Report on horse surra - Volume II, Part II
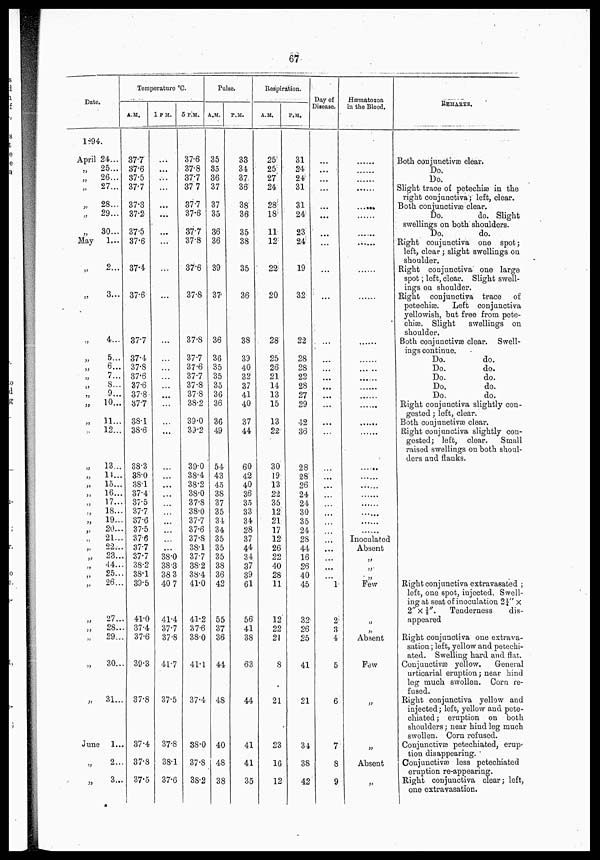
67
Date.
1894.
April 24...
„
„
„
„
„
„
May
„
„
„
„
„
„
„
„
„
„
„
„
„
„
„
„
„
„
„
„
„
„
„
„
„
„
„
„
„
„
June
„
„
25...
26...
27...
28...
29...
30...
1...
2...
3...
4...
5..
6...
7...
S...
9...
10...
11...
12...
13...
14...
15...
16...
17...
18...
19...
20...
21...
22...
23...
44...
25...
26...
27..
28..
29...
30..
31...
1...
2..
3...
Temperature °C.
A.M.
37.7
37.6
37.5
37.7
37.3
37.2
37.5
37.6
37.4
37.6
37.7
37.4
37.8
37.6
37.6
37.8
37.7
38.1
38.6
38.3
38.0
38.1
37.4
37.5
37.7
37.6
37.5
37.6
37.7
37.7
38.2
38.1
39.5
41.0
37.4
37.6
39.3
37.8
37.4
37.8
37.5
1
P.M..
...
...
...
...
...
...
...
...
...
..
...
..
...
...
...
...
...
...
...
...
...
...
..
..
38.0
38.3
38 .3
40 .7
41.4
37.7
37.8
41.7
37.5
37.8
38.1
37.6
5 P.M.
37.6
37.8
37.7
37 7
37.7
37.6
37.7
37.8
37.6
37.8
37.8
37.7
37.6
37.7
37.8
37.8
38.2
39.0
39.2
39.0
38.4
38.2
38.0
37.8
38.0
37.7
37.6
37.S
38.1
37.7
38.2
38.4
41.0
41.2
37.6
38.0
41.1
37.4
38.0
37.8
38.2
Pulse.
A.M.
35
35
36
37
37
35
36
36
39
37
36
36
35
35
35
36
36
36
49
54
43
45
38
37
35
34
34
35
35
35
38
36
42
55
37
36
44
48
40
48
38
P.M.
33
34
37
36
38
36
35
38
35
36
38
39
40
32
37
41
40
37
44
60
42
40
36
35
33
34
28
37
44
34
37
39
61
56
41
38
63
44
41
41
35
Respiration.
A.M.
25
25
27
24
28
18
11
12
22
20
28
25
23
21
14
13
15
13
22
30
19
13
22
35
12
21
17
12
26
22
40
28
11
12
22
21
8
21
23
16
12
P.M.
31
24
24
31
31
24
23
24
19
32
22
28
28
22
28
27
29
42
36
28.
28
26
24
24
30
35
24
28
44
16
26
40
45
32
26
25
41
21
34
38
42
Day of
Disease.
...
...
...
...
...
...
Hæmatozoa
in the Blood.
....
....
....
........
....
........
......
...
...
...
...
...
...
...
...
...
...
..
...
...
......
...
...
...
...
...
...
......
......
...
l
2
3
4
5
6
7
8
9
....
....
.....
....
....
....
....
....
....
....
....
....
.........
....
....
....
....
....
....
....
Inoculated
Absent
„
„
„
Few
„
„
Absent
Few
„
„
Absent
„
REMARKS.
Both conjunctivæ clear.
Do.
Do.
Slight trace of petechiæ in the
right conjunctiva; left, clear.
Both conjunctiva clear.
Do.
do. Slight
swellings on both shoulders.
Do.
do.
Right conjunctiva one spot;
left, clear ; slight swellings on
shoulder.
Right conjunctiva one large
spot; left, clear. Slight swell
ings on shoulder.
Right conjunctiva trace of
petechiæ.
Left conjunctiva
yellowish, but free from pete
chiæ. Slight
swellings on
shoulder.
Both conjunctivæ clear. Swell
ings continue.
Do.
do.
Do.
do.
Do.
do.
Do.
do.
Do.
do.
Right conjunctiva slightly con
gested ; left, clear.
Both conjunctivæ clear.
Right conjunctiva slightly con
gested; left, clear.
Small
raised swellings on both shoul
ders and flanks.
Right conjunctiva extravasated ;
left, one spot, injected. Swell
ing at seat of inoculation 2¼" x
2" X ⅜". Tenderness
dis
appeared
Right conjunctiva one extrava
sation ; left, yellow and petechi-
ated. Swelling hard and flat.
Conjunctivæ yellow.
General
urticarial eruption; near hind
leg much swollen. Corn re
fused.
Right conjunctiva yellow and
injected; left, yellow and pete*
ciliated; eruption on both
shoulders; near hind leg much
swollen. Corn refused.
Conjunctivæ petechiated, erup
tion disappearing.
Conjunctivæ less petechiated
eruption re-appearing.
Right conjunctiva clear; left,
one extravasation.